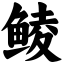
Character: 鲮